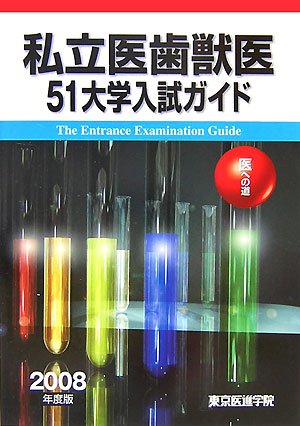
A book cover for Private dentistry veterinary college entrance examination guide 51 - the road to medical <2008 edition> (2007) ISBN: 4881423606 [Japanese Import]; Medical Books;